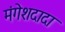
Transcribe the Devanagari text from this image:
मंगेशदादा